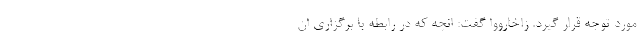
مورد توجه قرار گیرد. زاخارووا گفت: انچه که در رابطه با برگزاری ان